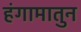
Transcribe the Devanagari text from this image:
हंगामातुन